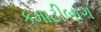
કમાટીબાગ